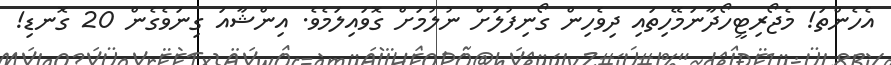
އެހެންތަ! މެޖޯރިޓީހޯދާނަމޭހިތައި ދިވެހިން ގޯނިފުލަށް ނުލުމަށް ގޮވައިލަމެވެ. އިންޝާއަ ގިނަވެގެން 20 ގޮނޑި!